Assam Mental Hospital (Tezpur, India) - 1933-1948
Year: 1933
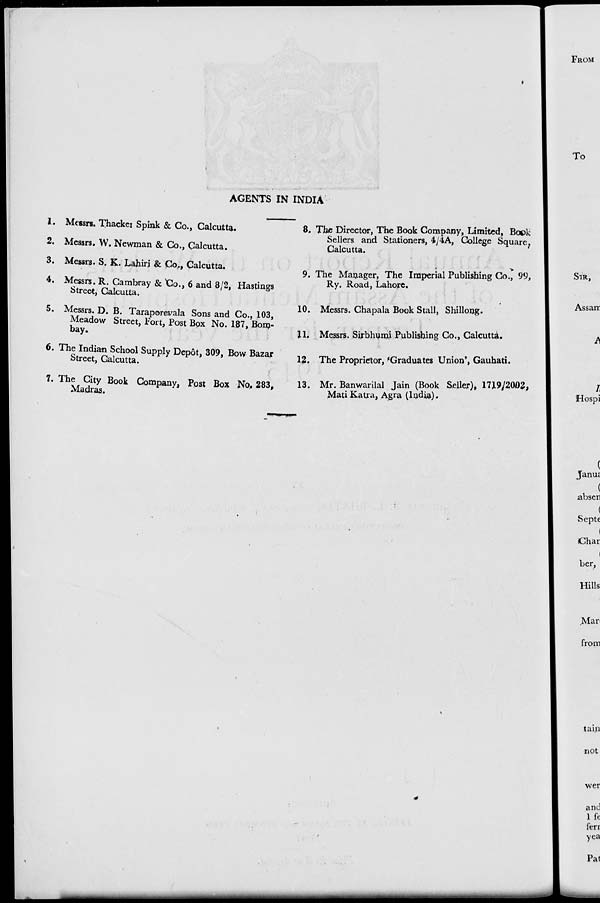
AGENTS IN INDIA
1. Messrs. Thacker Spink & Co., Calcutta.
2. Messrs. W. Newman & Co., Calcutta.
3. Messrs. S. K. Lahiri & Co., Calcutta.
4. Messrs. R. Cambray & Co., 6 and 8/2, Hastings
Street, Calcutta.
5. Messrs. D. B. Taraporevala Sons and Co., 103,
Meadow Street, Fort, Post Box No. 187, Bom-
bay.
6. The Indian School Supply Depôt, 309, Bow Bazar
Street, Calcutta.
7. The City Book Company, Post Box No. 283,
Madras.
8. The Director, The Book Company, Limited, Book
Sellers and Stationers, 4/4A, College Square,
Calcutta.
9. The Manager, The Imperial Publishing Co., 99,
Ry. Road, Lahore.
10. Messrs. Chapala Book Stall, Shillong.
11. Messrs. Sirbhumi Publishing Co., Calcutta.
12. The Proprietor, 'Graduates Union', Gauhati.
13. Mr. Banwarilal Jain (Book Seller), 1719/2002,
Mati Katra, Agra (India).